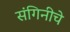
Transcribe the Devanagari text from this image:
संगिनीचे